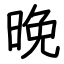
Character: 晚